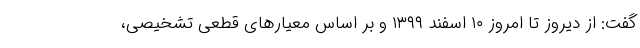
گفت: از دیروز تا امروز ۱۰ اسفند ۱۳۹۹ و بر اساس معیارهای قطعی تشخیصی،